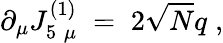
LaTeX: \partial_{\mu}J_{5\; \mu}^{(1)}\; =\; 2\sqrt{N}q\; ,